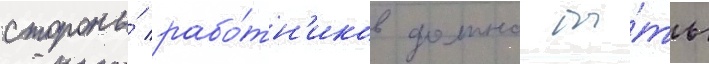
стороны́ рабо́тн'иков должно бы́ть